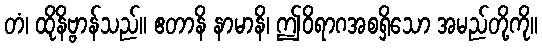
တံ၊ ထိုနိဗ္ဗာန်သည်။ ဧတာနိ နာမာနိ၊ ဤဝိရာဂအစရှိသော အမည်တို့ကို။